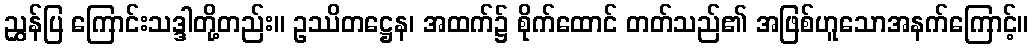
ညွှန်ပြ ကြောင်းသဒ္ဒါတို့တည်း။ ဥဿိတဋ္ဌေန၊ အထက်၌ စိုက်ထောင် တတ်သည်၏ အဖြစ်ဟူသောအနက်ကြောင့်။